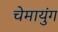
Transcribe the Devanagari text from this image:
चेमायुंग